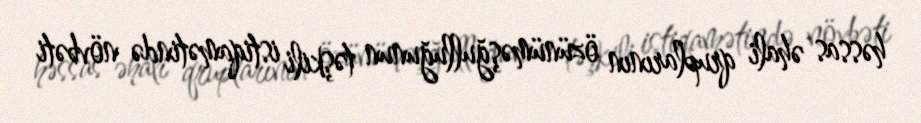
həssas əhali qruplarının özünüməşğulluğunun təşkili istiqamətində növbəti